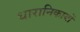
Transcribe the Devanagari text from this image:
धारानिकायों